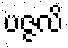
ပဇ္ဇလိ